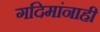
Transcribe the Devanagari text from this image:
गदिमांनाही